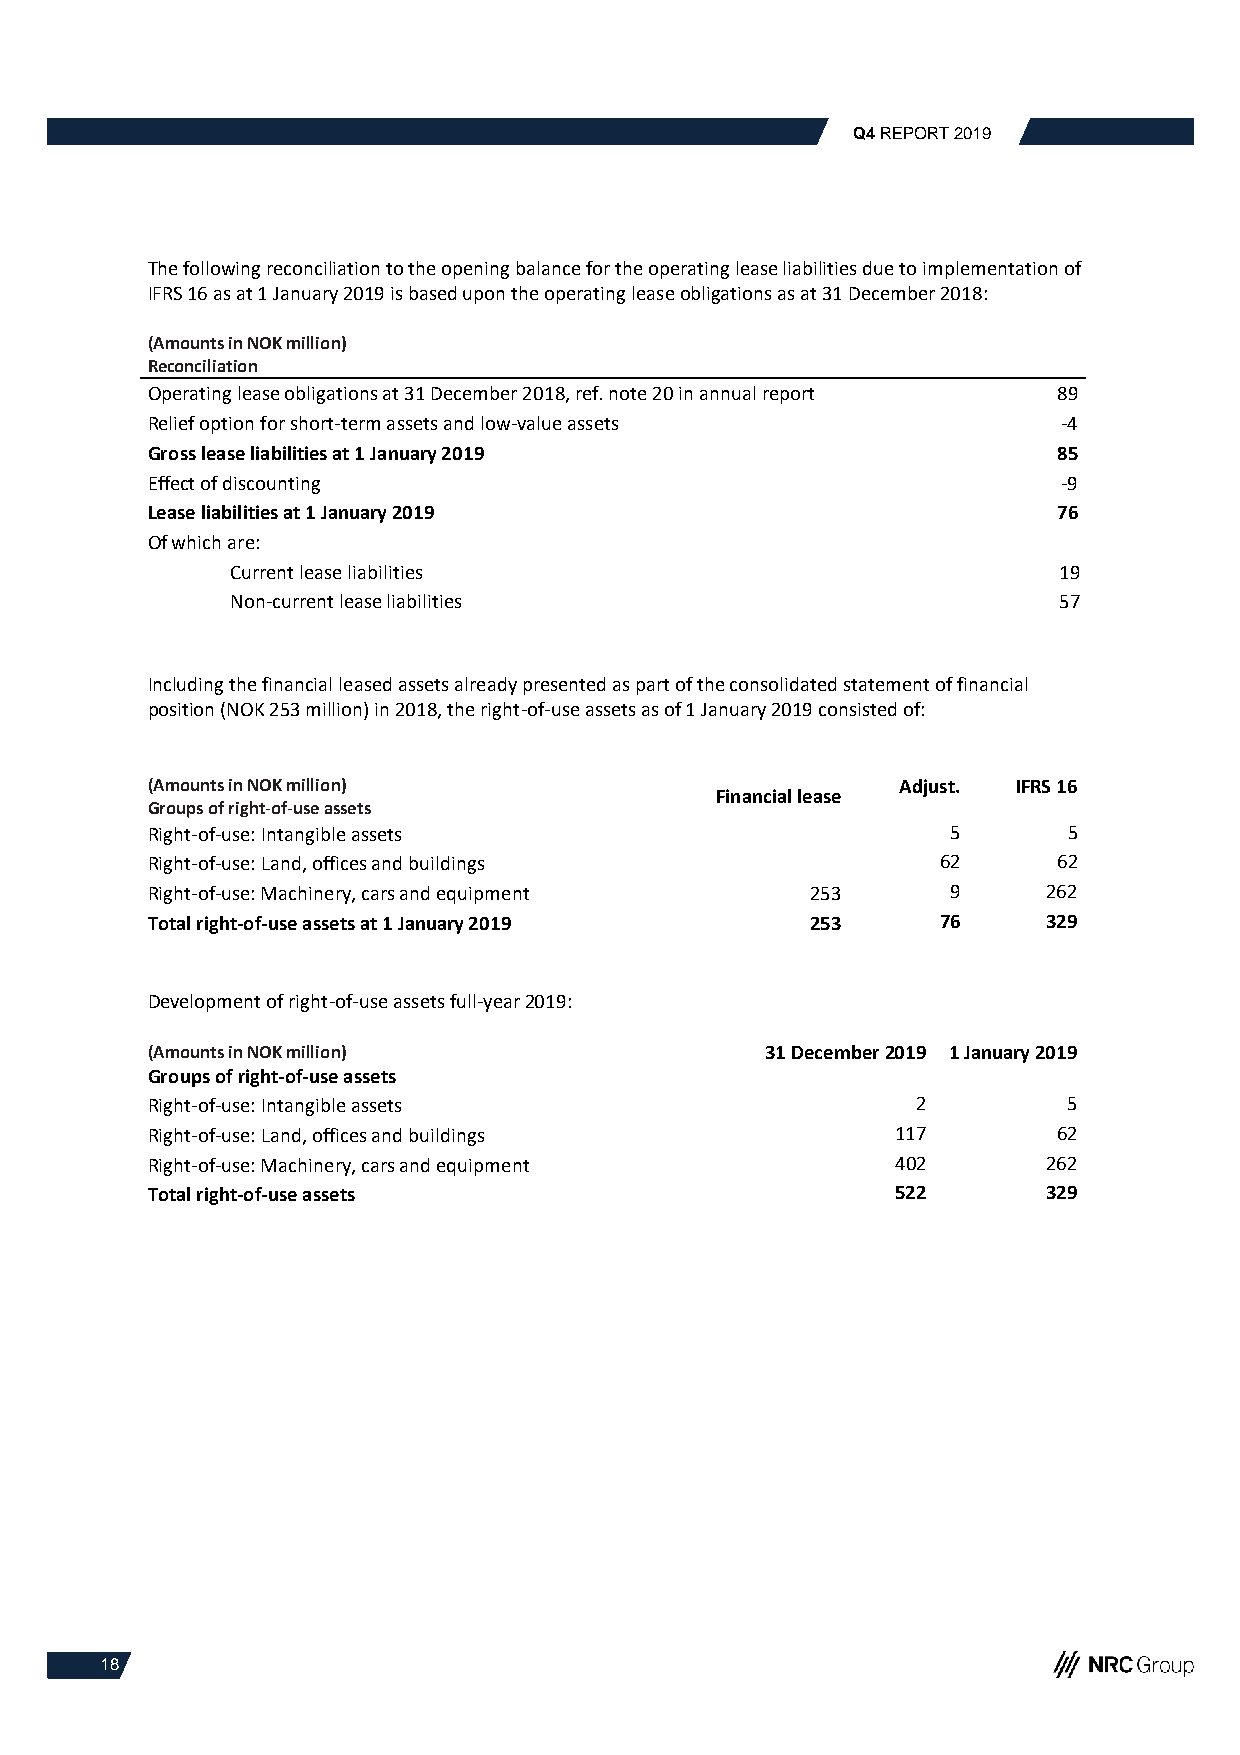
Q4 REPORT 2019
 The following reconciliation to the opening balance for the operating lease liabilities due to implementation of
 IFRS 16 as at 1 January 2019 is based upon the operating lease obligations as at 31 December 2018:
 (Amounts in NOK million)
 Reconciliation
 Operating lease obligations at 31 December 2018, ref. note 20 in annual report 89
 Relief option for short-term assets and low-value assets    -4
 Gross lease liabilities at 1 January 2019                   85
 Effect of discounting                                       -9
 Lease liabilities at 1 January 2019                         76
 Of which are:
 Current lease liabilities                              19
 Non-current lease liabilities                          57
 Including the financial leased assets already presented as part of the consolidated statement of financial
 position (NOK 253 million) in 2018, the right-of-use assets as of 1 January 2019 consisted of:
 (Amounts in NOK million)                          Adjust. IFRS 16
 Financial lease
 Groups of right-of-use assets
 Right-of-use: Intangible assets                      5       5
 Right-of-use: Land, offices and buildings           62      62
 Right-of-use: Machinery, cars and equipment 253      9     262
 Total right-of-use assets at 1 January 2019 253     76     329
 Development of right-of-use assets full-year 2019:
 (Amounts in NOK million)                 31 December 2019 1 January 2019
 Groups of right-of-use assets
 Right-of-use: Intangible assets                    2         5
 Right-of-use: Land, offices and buildings        117        62
 Right-of-use: Machinery, cars and equipment      402       262
 Total right-of-use assets                        522       329
 18